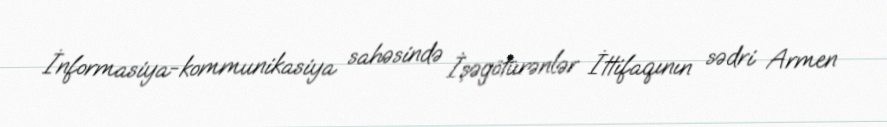
İnformasiya-kommunikasiya sahəsində İşəgötürənlər İttifaqının sədri Armen